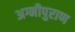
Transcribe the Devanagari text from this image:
अग्नीपुराण